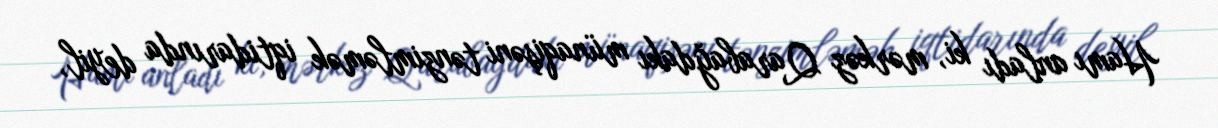
Hamı anladı ki, mərkəz Qarabağdakı münaqişəni tənzimləmək iqtidarında deyil,